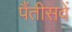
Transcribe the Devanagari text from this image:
पैंतीसवें